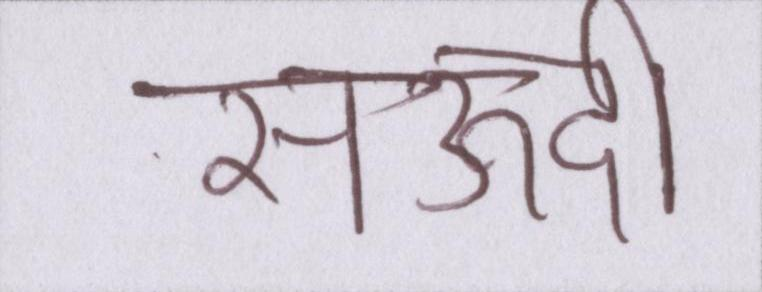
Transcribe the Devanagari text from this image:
सऊदी